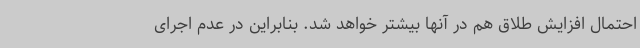
احتمال افزایش طلاق هم در آنها بیشتر خواهد شد. بنابراین در عدم اجرای